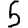
Digit: 5